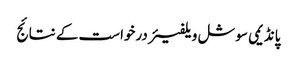
پانڈیمی سوشل ویلفیئر درخواست کے نتائج